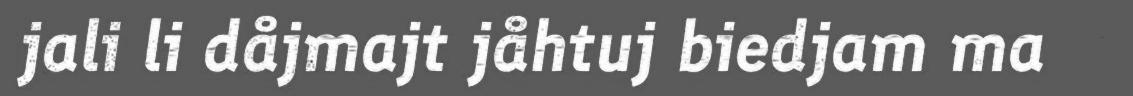
jali li dåjmajt jåhtuj biedjam ma